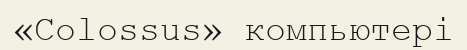
«Colossus» компьютері